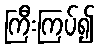
ကြီးကြပ်၍